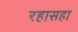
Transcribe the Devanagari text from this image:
रहासहा